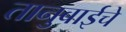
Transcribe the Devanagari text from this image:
तानुबाईचे